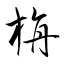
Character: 旃